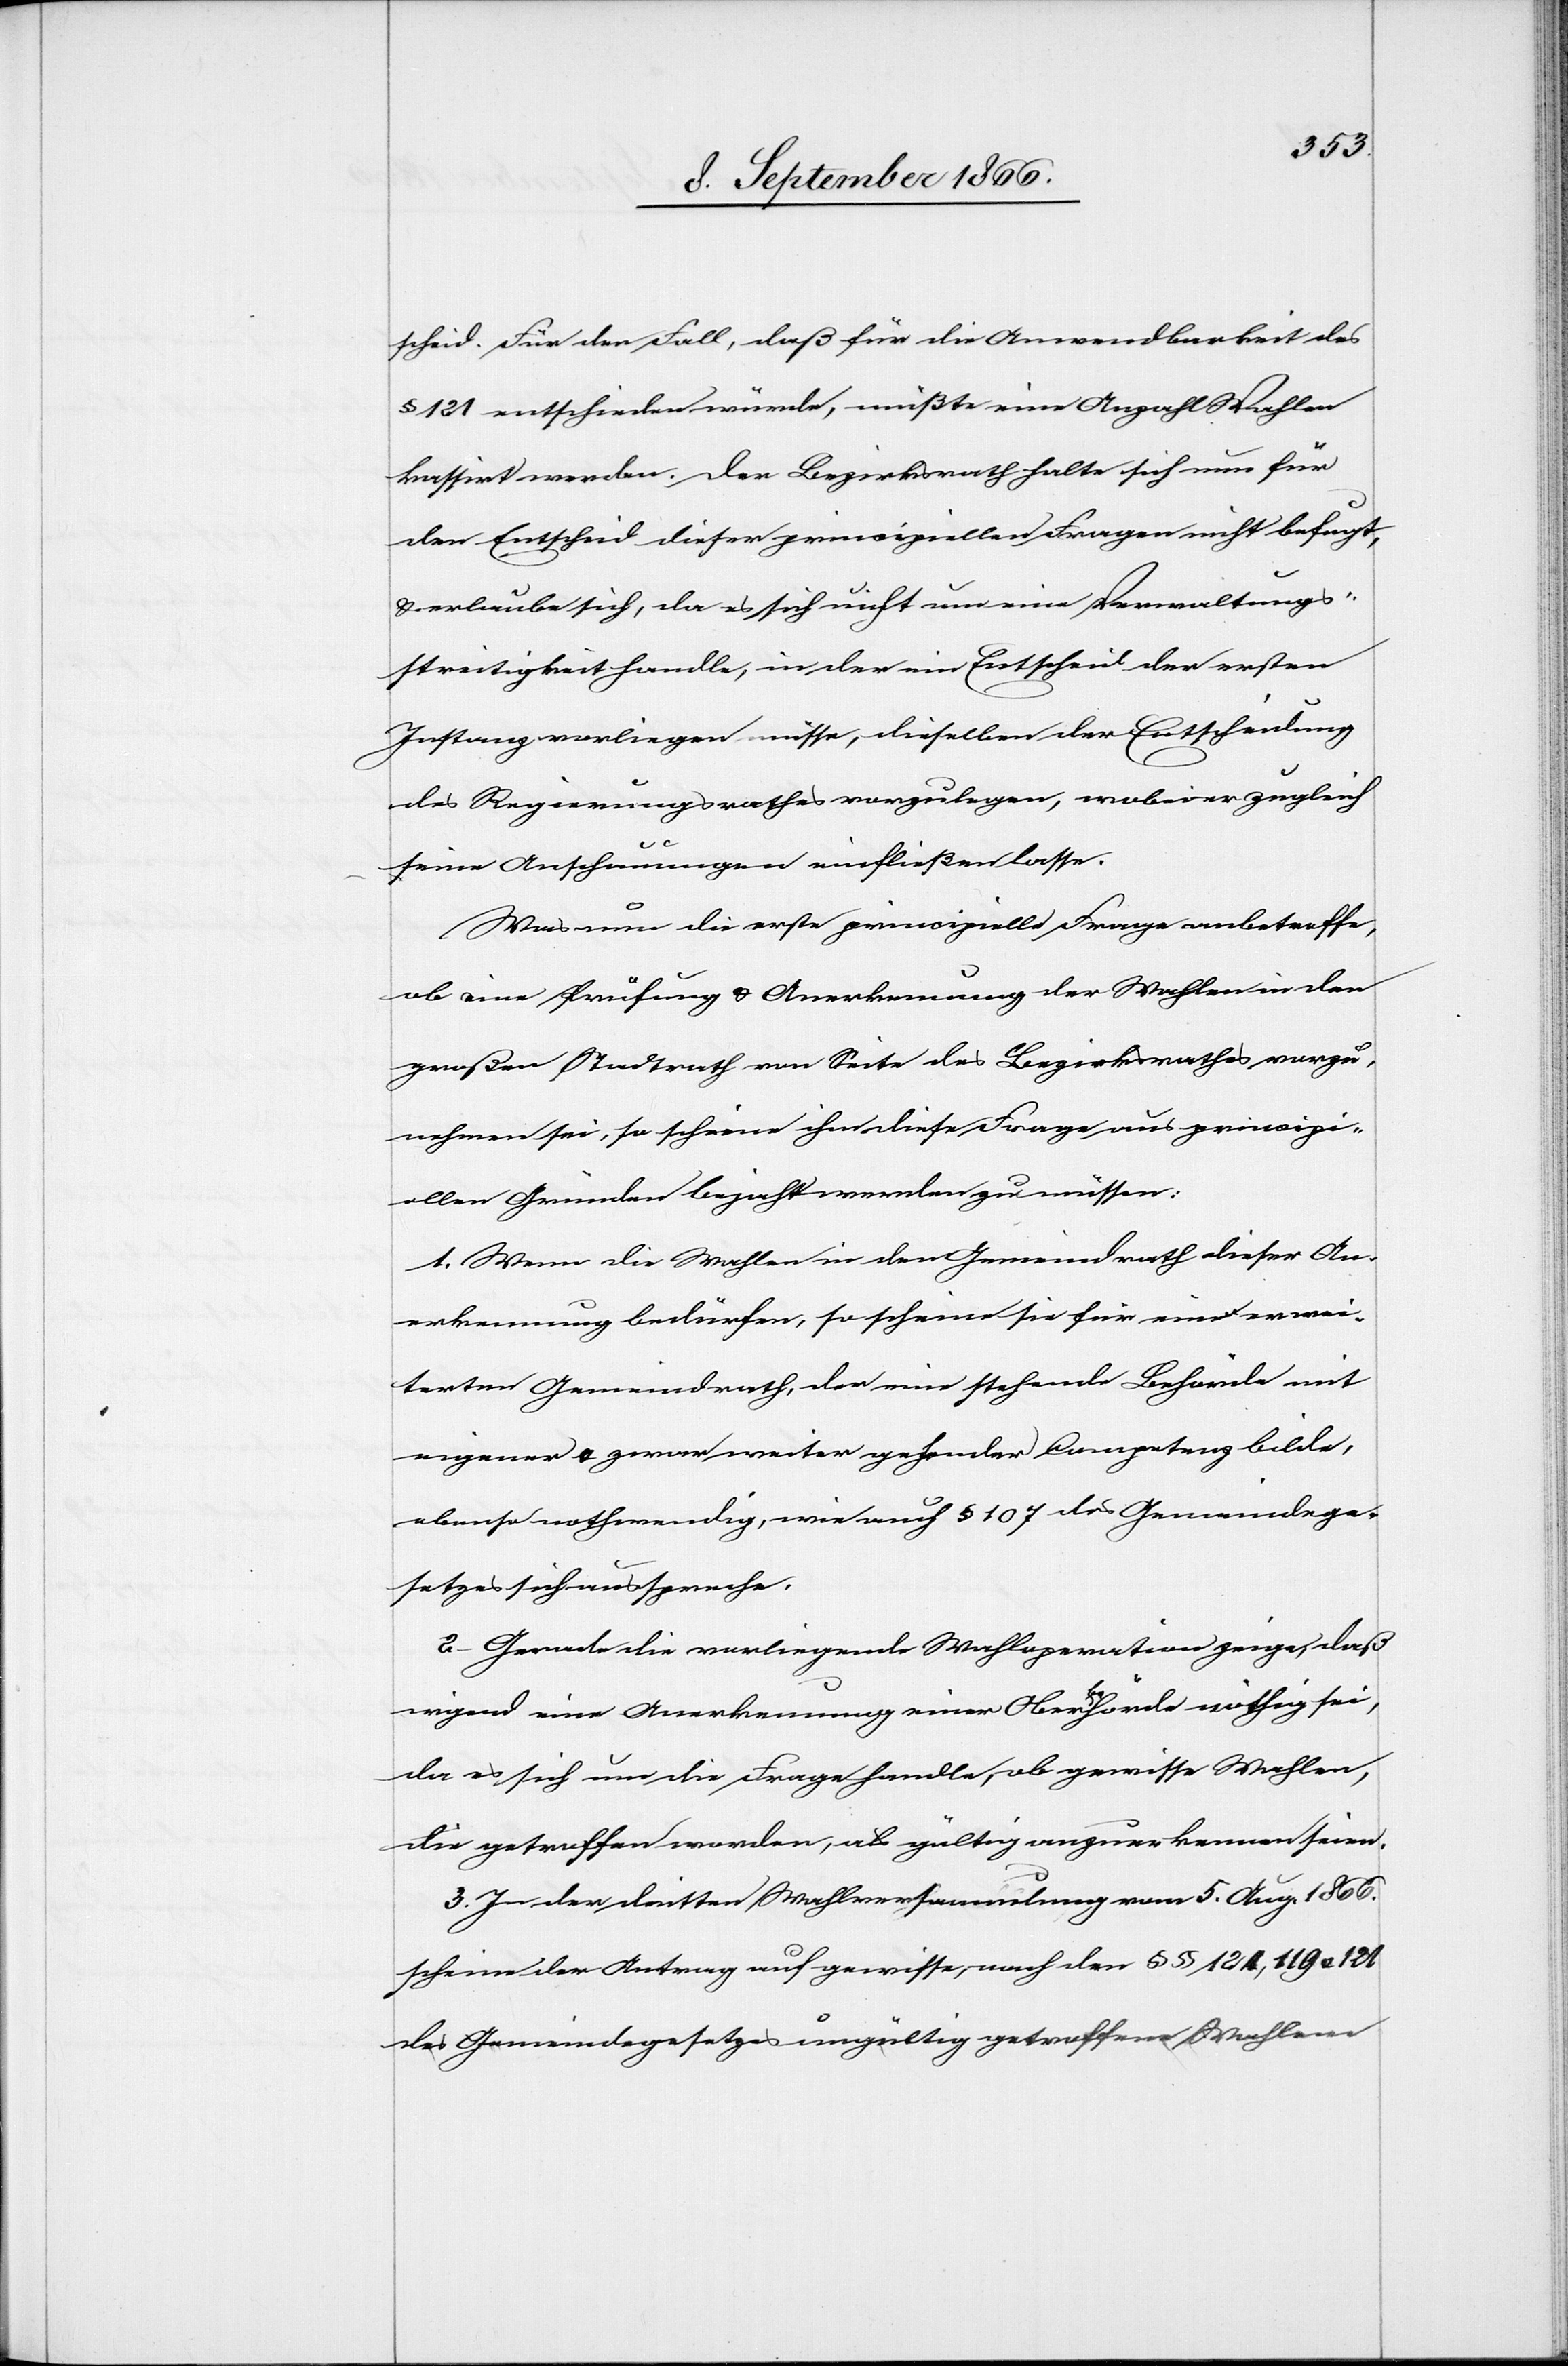
scheid. Für den Fall, daß für die Anwendbarkeit des
§ 121 entschieden würde, müßte eine Anzahl Wahlen
kassirt werden. Der Bezirksrath halte sich nun für
den Entscheid dieser principiellen Frage nicht befugt
u. erlaube sich, da es sich nicht um eine Verwaltungs¬
streitigkeit handle, in der ein Entscheid der ersten
Instanz vorliegen müsse, dieselben der Entscheidung
des Regierungsrathes vorzulegen, wobei er zugleich
seine Anschauungen einfließen lasse.
Was nun die erste principielle Frage anbetreffe,
ob eine Prüfung u. Anerkennung der Wahlen in den
großen Stadtrath von Seite des Bezirksrathes vorzu¬
nehmen sei, so scheine ihm diese Frage aus principi¬
ellen Gründen bejaht werden zu müssen:
1. Wenn die Wahlen in den Gemeindrath dieser An¬
erkennung bedürfen, so scheine sie für eine[n] erwei¬
terten Gemeindrath, der eine stehende Behörde mit
eigener u. zwar weiter gehender Competenz bilde,
ebenso nothwendig, wie auch § 107 des Gemeindege¬
setzes sich ausspreche.
2. Gerade die vorliegende Wahloperation zeige, daß
irgend eine Anerkennung einer Oberbehörde nöthig sei,
da es sich um die Frage handle, ob gewisse Wahlen,
die getroffen worden, als gültig anzuerkennen seien.
3. In der dritten Wahlversammlung vom 5. Aug. 1866.
scheine der Antrag auf gewisse, nach den § § 124, 119 u. 121
des Gemeindegesetzes ungültig getroffenen Wahlen